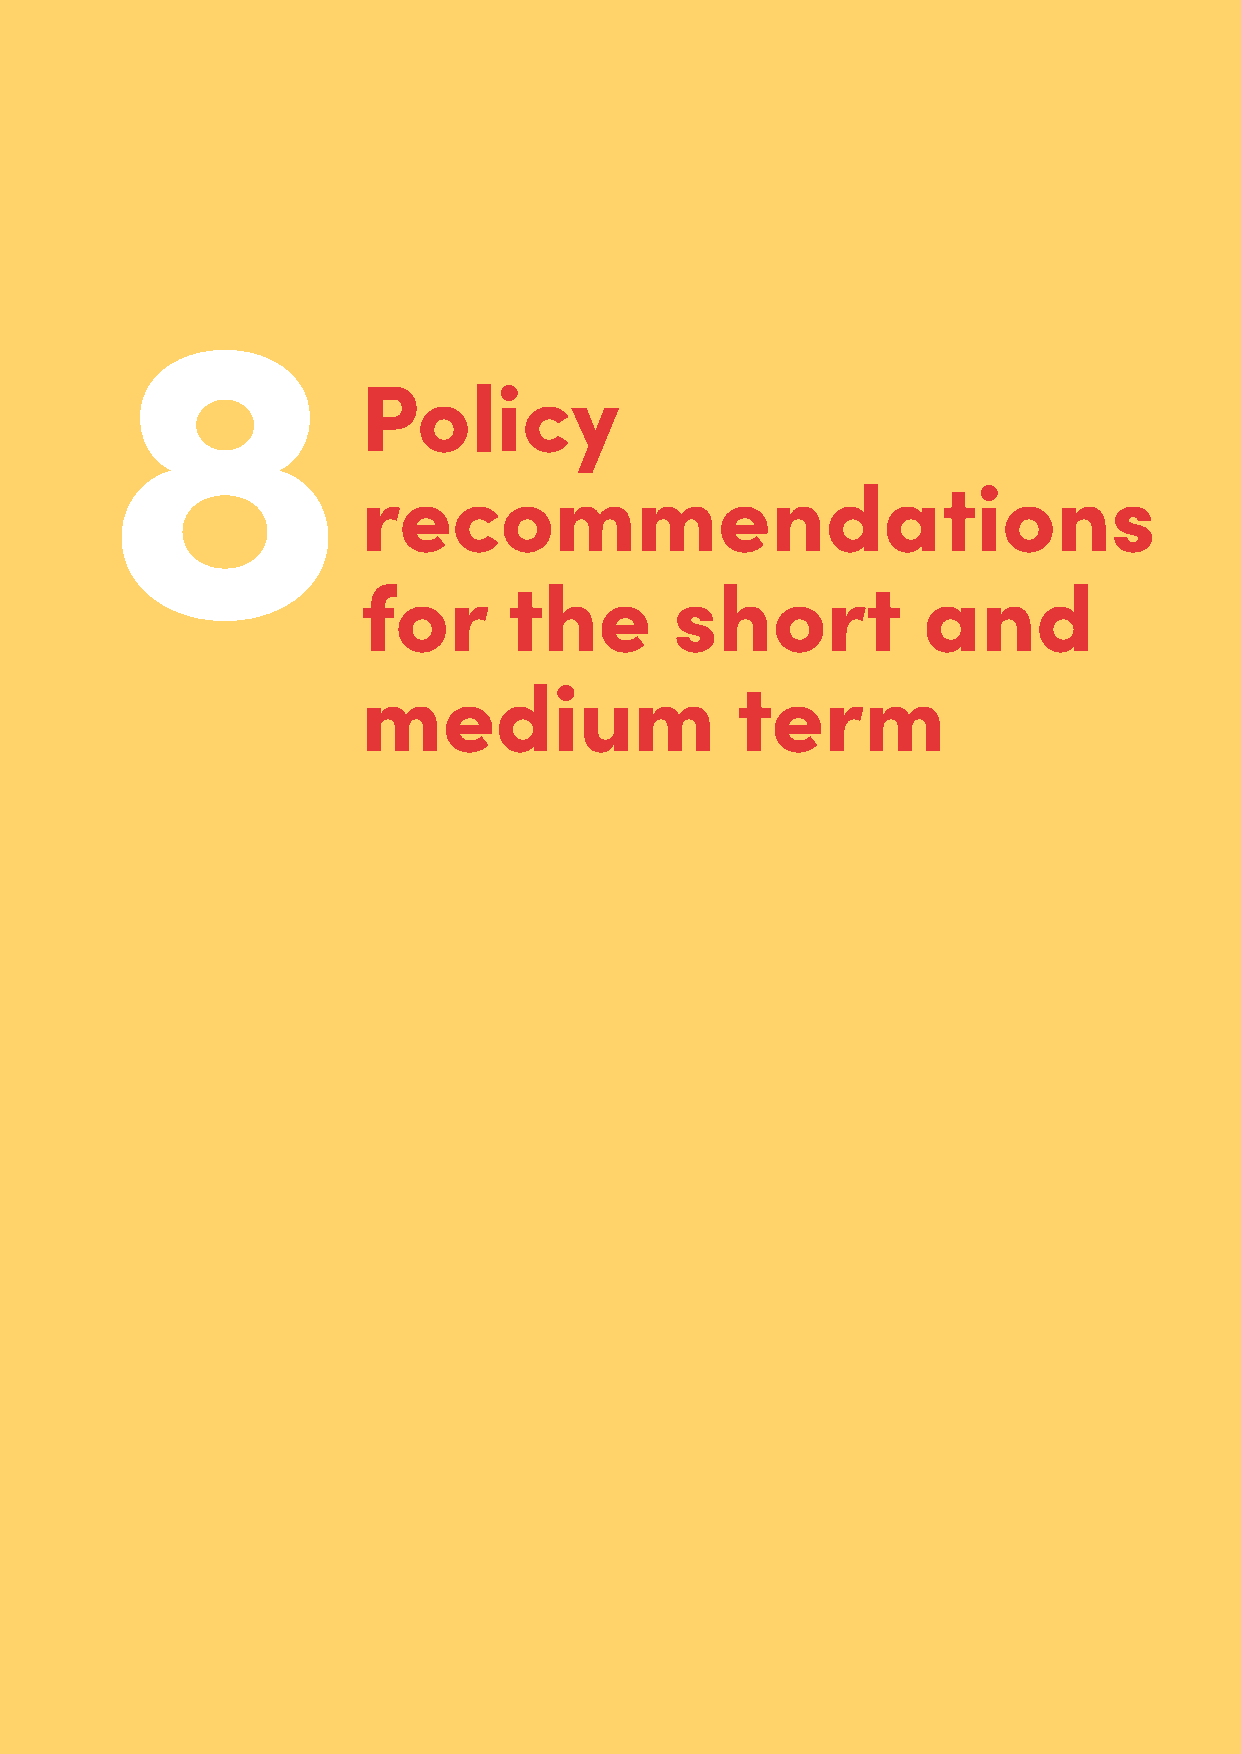
8. Policy recommendations for the short and medium term
 Policy
 recommendations
 for       the        short           and
 medium                   term
 179